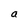
Character: a